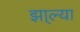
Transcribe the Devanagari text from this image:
झा्ल्या